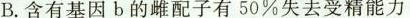
B.含有基因b的雌配子有50%失去受精能力